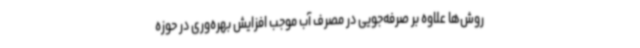
روش‌ها علاوه بر صرفه‌جویی در مصرف آب موجب افزایش بهره‌وری در حوزه